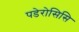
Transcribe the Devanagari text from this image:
पडेरोसिसि